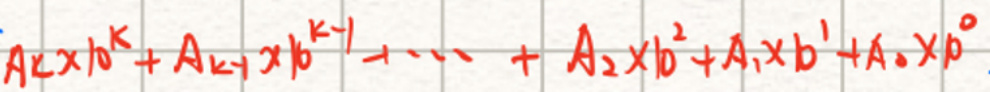
$A_{k} x b^{k}+A_{k-1} x b^{k-1}+\cdots +A_{2} x b^{2}+A_{1} x b^{1}+A_{0} x b^{0}$